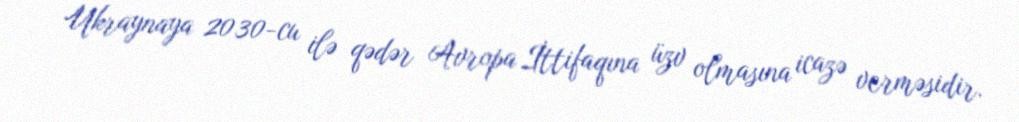
Ukraynaya 2030-cu ilə qədər Avropa İttifaqına üzv olmasına icazə verməsidir.